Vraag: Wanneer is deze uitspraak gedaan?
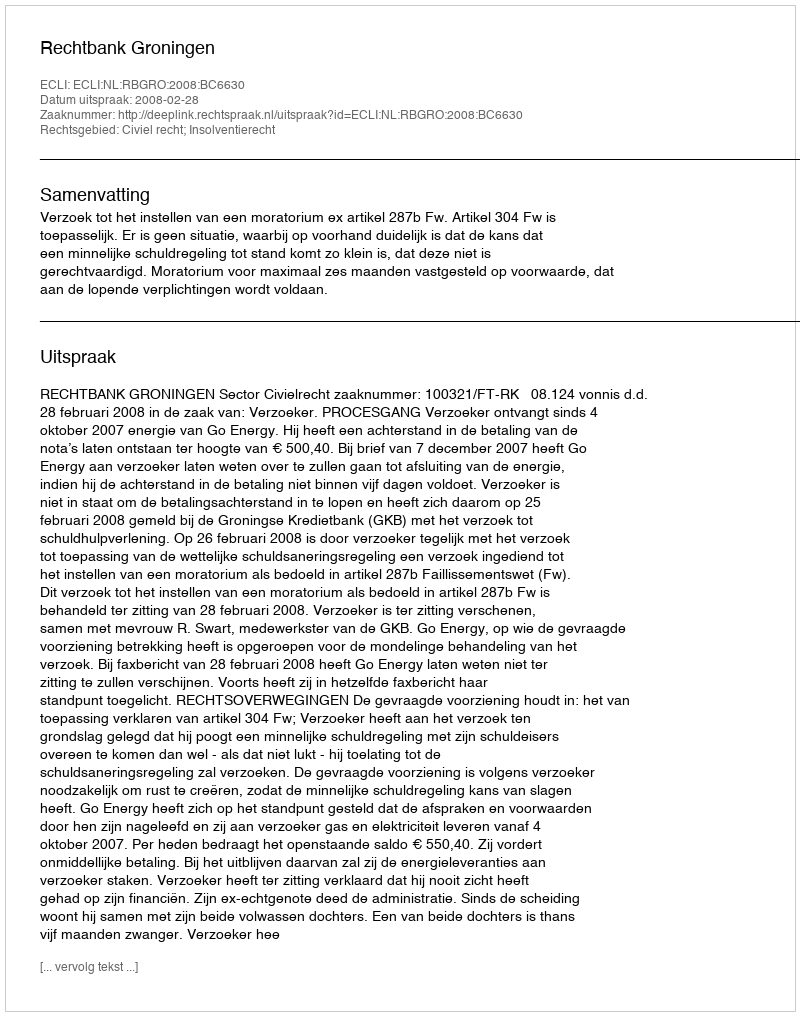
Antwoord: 2008-02-28